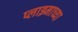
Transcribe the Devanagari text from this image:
प्लाझ्माच्या